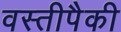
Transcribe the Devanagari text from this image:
वस्तीपैकी